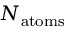
N _ { \mathrm { a t o m s } }